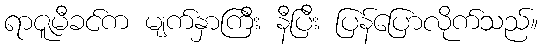
ရာဇူမီခင်က မျက်နှာကြီး နီပြီး ပြန်ပြောလိုက်သည်။